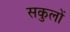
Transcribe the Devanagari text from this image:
सकुलों